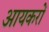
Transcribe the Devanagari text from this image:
आयकरों